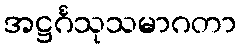
အဋ္ဌင်္ဂသုသမာဂတာ